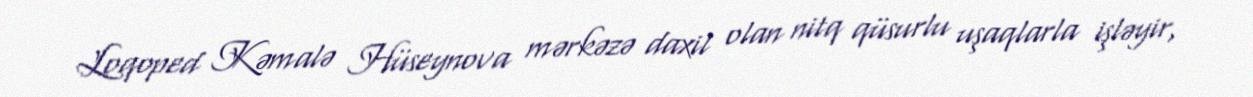
Loqoped Kəmalə Hüseynova mərkəzə daxil olan nitq qüsurlu uşaqlarla işləyir,